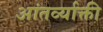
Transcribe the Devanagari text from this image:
आंतर्व्याक्ती